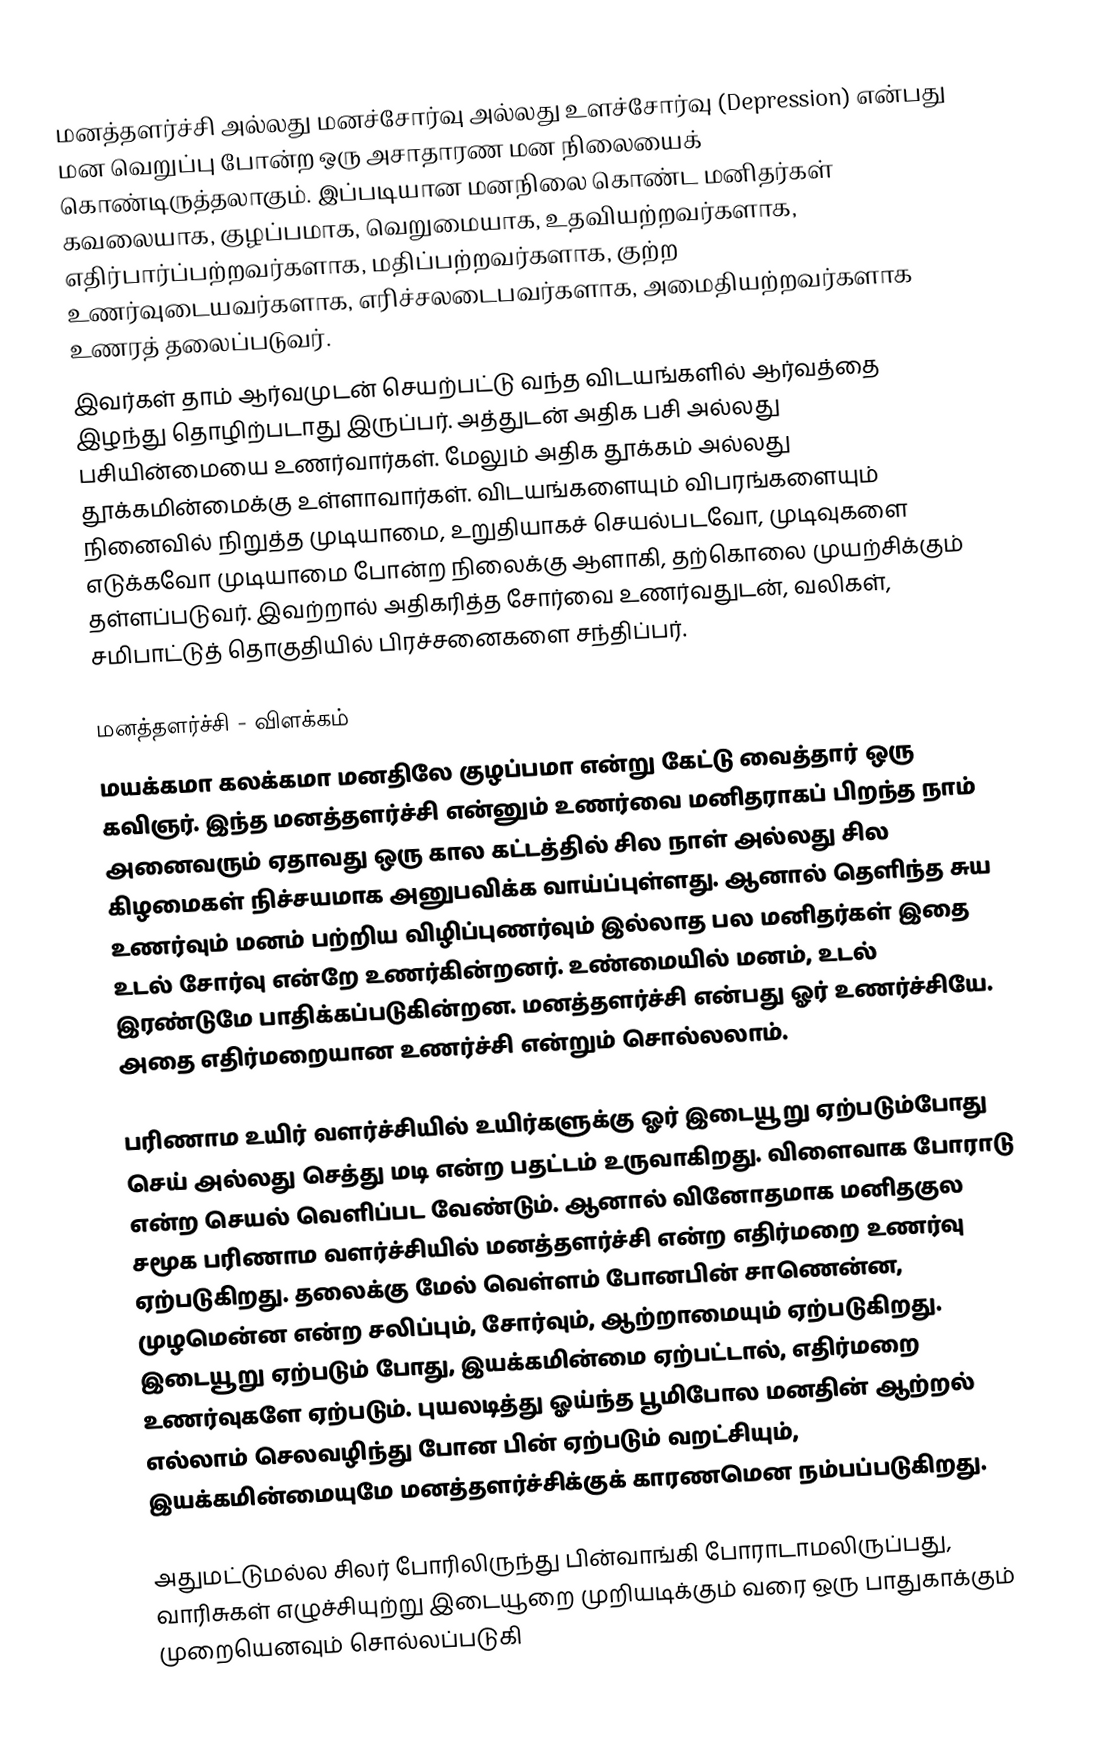
மனத்தளர்ச்சி அல்லது மனச்சோர்வு அல்லது உளச்சோர்வு (Depression) என்பது மன வெறுப்பு போன்ற ஒரு அசாதாரண மன நிலையைக் கொண்டிருத்தலாகும். இப்படியான மனநிலை கொண்ட மனிதர்கள் கவலையாக, குழப்பமாக, வெறுமையாக, உதவியற்றவர்களாக, எதிர்பார்ப்பற்றவர்களாக, மதிப்பற்றவர்களாக, குற்ற உணர்வுடையவர்களாக, எரிச்சலடைபவர்களாக, அமைதியற்றவர்களாக உணரத் தலைப்படுவர்.
இவர்கள் தாம் ஆர்வமுடன் செயற்பட்டு வந்த விடயங்களில் ஆர்வத்தை இழந்து தொழிற்படாது இருப்பர். அத்துடன் அதிக பசி அல்லது பசியின்மையை உணர்வார்கள். மேலும் அதிக தூக்கம் அல்லது தூக்கமின்மைக்கு உள்ளாவார்கள். விடயங்களையும் விபரங்களையும் நினைவில் நிறுத்த முடியாமை, உறுதியாகச் செயல்படவோ, முடிவுகளை எடுக்கவோ முடியாமை போன்ற நிலைக்கு ஆளாகி, தற்கொலை முயற்சிக்கும் தள்ளப்படுவர். இவற்றால் அதிகரித்த சோர்வை உணர்வதுடன், வலிகள், சமிபாட்டுத் தொகுதியில் பிரச்சனைகளை சந்திப்பர்.

மனத்தளர்ச்சி - விளக்கம்
மயக்கமா கலக்கமா மனதிலே குழப்பமா என்று கேட்டு வைத்தார் ஒரு கவிஞர். இந்த மனத்தளர்ச்சி என்னும் உணர்வை மனிதராகப் பிறந்த நாம் அனைவரும் ஏதாவது ஒரு கால கட்டத்தில் சில நாள் அல்லது சில கிழமைகள் நிச்சயமாக அனுபவிக்க வாய்ப்புள்ளது. ஆனால் தெளிந்த சுய உணர்வும் மனம் பற்றிய விழிப்புணர்வும் இல்லாத பல மனிதர்கள் இதை உடல் சோர்வு என்றே உணர்கின்றனர். உண்மையில் மனம், உடல் இரண்டுமே பாதிக்கப்படுகின்றன. மனத்தளர்ச்சி என்பது ஓர் உணர்ச்சியே. அதை எதிர்மறையான உணர்ச்சி என்றும் சொல்லலாம்.

பரிணாம உயிர் வளர்ச்சியில் உயிர்களுக்கு ஓர் இடையூறு ஏற்படும்போது செய் அல்லது செத்து மடி என்ற பதட்டம் உருவாகிறது. விளைவாக போராடு என்ற செயல் வெளிப்பட வேண்டும். ஆனால் வினோதமாக மனிதகுல சமூக பரிணாம வளர்ச்சியில் மனத்தளர்ச்சி என்ற எதிர்மறை உணர்வு ஏற்படுகிறது. தலைக்கு மேல் வெள்ளம் போனபின் சாணென்ன, முழமென்ன என்ற சலிப்பும், சோர்வும், ஆற்றாமையும் ஏற்படுகிறது. இடையூறு ஏற்படும் போது, இயக்கமின்மை ஏற்பட்டால், எதிர்மறை உணர்வுகளே ஏற்படும்.  புயலடித்து ஓய்ந்த பூமிபோல மனதின் ஆற்றல் எல்லாம் செலவழிந்து போன பின் ஏற்படும் வறட்சியும், இயக்கமின்மையுமே மனத்தளர்ச்சிக்குக் காரணமென நம்பப்படுகிறது.

அதுமட்டுமல்ல சிலர் போரிலிருந்து பின்வாங்கி போராடாமலிருப்பது, வாரிசுகள் எழுச்சியுற்று இடையூறை முறியடிக்கும் வரை ஒரு பாதுகாக்கும் முறையெனவும் சொல்லப்படுகி